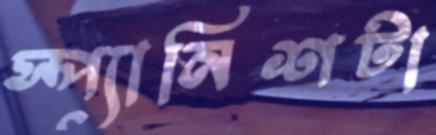
স্প্যানিশটা